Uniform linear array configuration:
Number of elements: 8
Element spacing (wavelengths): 0.5
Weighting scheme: blackman
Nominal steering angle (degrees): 60
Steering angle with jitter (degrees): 58.248
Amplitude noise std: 0.05
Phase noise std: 0.05

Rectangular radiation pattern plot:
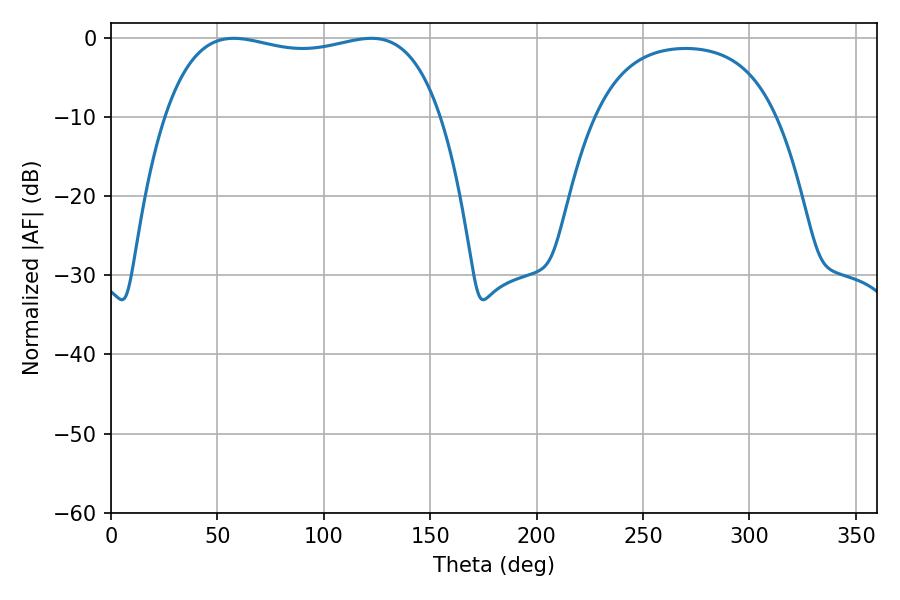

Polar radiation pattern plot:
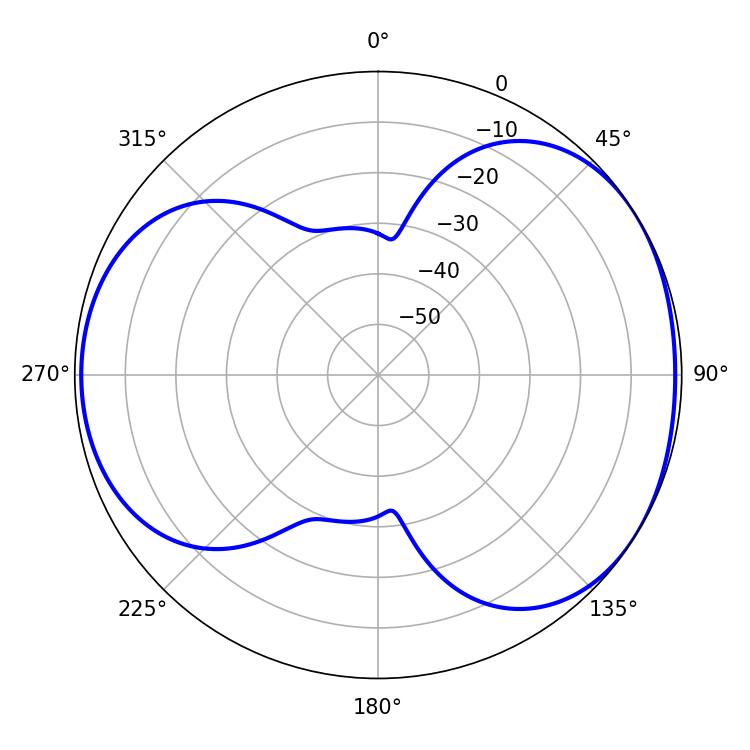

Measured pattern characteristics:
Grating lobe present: FALSE
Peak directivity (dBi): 4.472
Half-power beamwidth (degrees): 104.76
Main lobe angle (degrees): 57.6